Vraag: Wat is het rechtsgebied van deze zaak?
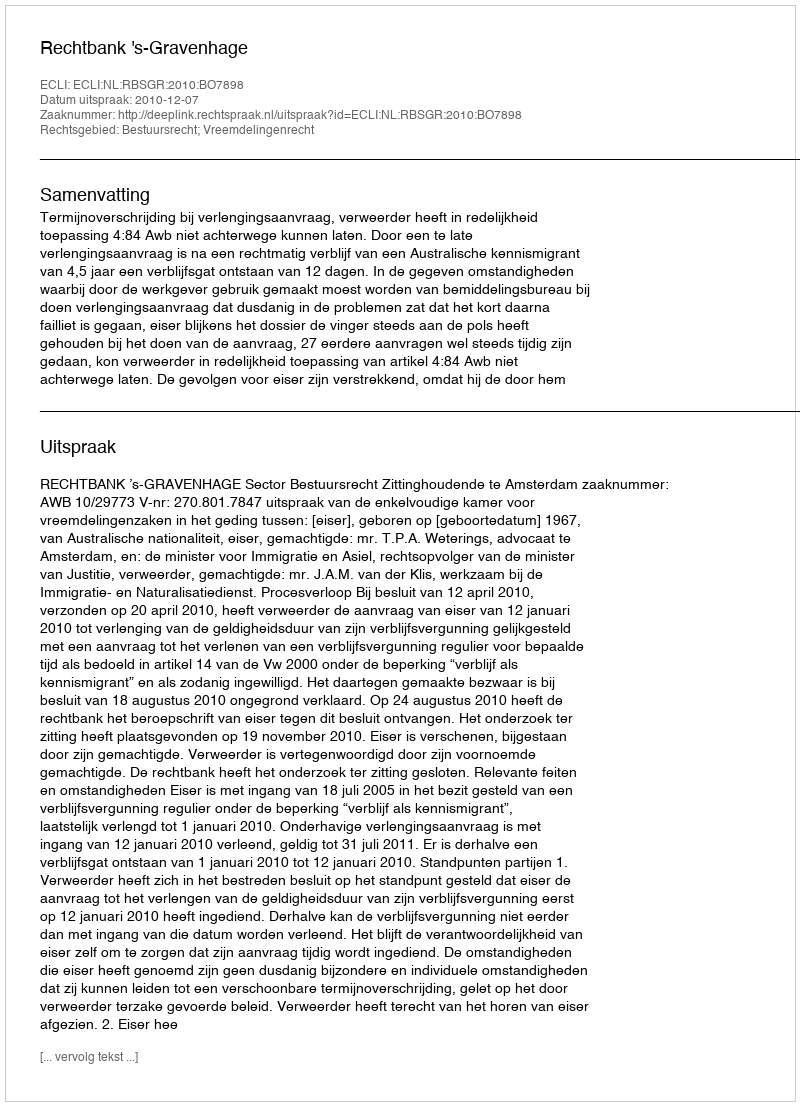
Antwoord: Bestuursrecht; Vreemdelingenrecht